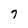
Character: 7